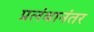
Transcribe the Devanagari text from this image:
प्रलंबानंतर